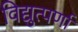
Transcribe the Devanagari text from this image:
विद्युत्पर्णा